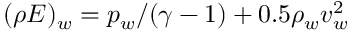
( \rho E ) _ { w } = p _ { w } / ( \gamma - 1 ) + 0 . 5 \rho _ { w } v _ { w } ^ { 2 }